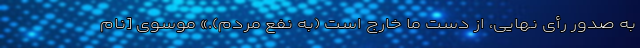
به صدور رأی نهایی، از دست ما خارج است (به نفع مردم).» موسوی [نام